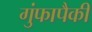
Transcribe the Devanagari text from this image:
गुंफापैकी